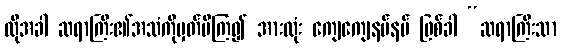
ထိုအခါ ဆရာကြီး၏အသံကိုမှတ်မိကြ၍ အားလုံး ကျေကျေနပ်နပ် ဖြစ်ခါ “ဆရာကြီးသာ